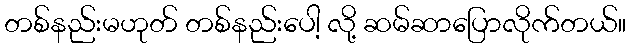
တစ်နည်းမဟုတ် တစ်နည်းပေါ့ လို့ ဆမ်ဆာပြောလိုက်တယ်။